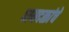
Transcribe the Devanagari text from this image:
पायदळांचे